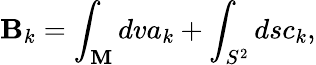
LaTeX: \mathbf{B}_{k}=\int_{\mathbf{M}}dva_{k}+\int_{S^{2}}dsc_{k},